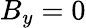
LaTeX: B_{y}=0